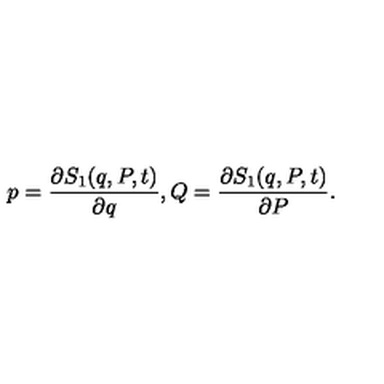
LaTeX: p = \frac { \partial S _ { 1 } ( q , P , t ) } { \partial q } , Q = \frac { \partial S _ { 1 } ( q , P , t ) } { \partial P } .